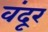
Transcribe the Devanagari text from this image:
वंदूर